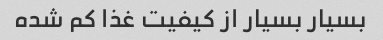
بسیار بسیار از کیفیت غذا کم شده